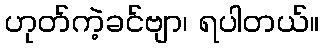
ဟုတ်ကဲ့ခင်ဗျာ၊ ရပါတယ်။